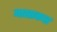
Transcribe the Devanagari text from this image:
मालाकल